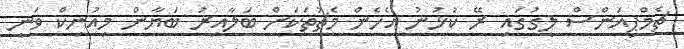
ޗެމްޕިއަންސް ލީގުގައި ރޭ ކުޅުނު އެހެން މެޗުތަކަށް ބަލާއިރު ބަޔާން މިއުނިކް ވަނީ